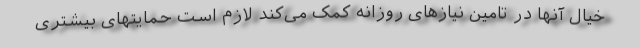
خیال آنها در تامین نیازهای روزانه کمک می‌کند لازم است حمایتهای بیشتری